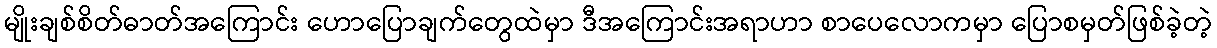
မျိုးချစ်စိတ်ဓာတ်အကြောင်း ဟောပြောချက်တွေထဲမှာ ဒီအကြောင်းအရာဟာ စာပေလောကမှာ ပြောစမှတ်ဖြစ်ခဲ့တဲ့